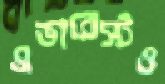
এভারেস্টও